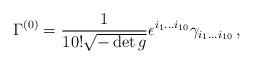
LaTeX: \begin{align*} \Gamma^{(0)} = {1\over 10!\sqrt{-\det g}} \epsilon^{i_1\ldots i_{10}}\gamma_{i_1\ldots i_{10}}\,,\end{align*}